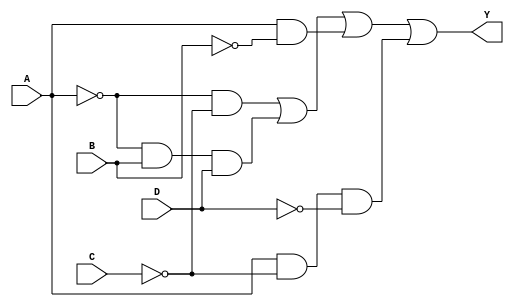
module kmap_4_variable (
    input wire A,        // Input variable A
    input wire B,        // Input variable B
    input wire C,        // Input variable C
    input wire D,        // Input variable D
    output wire Y        // Output
);

// Simplified Boolean expression derived from the K-map
// Example K-map grouping results in the following simplified expression:
// Y = A'C' + A'BD + AB' + AC'D'

// The expression can be implemented using combinational logic gates
assign Y = (~A & ~C) | (~A & B & D) | (A & ~B) | (A & ~C & ~D);

endmodule